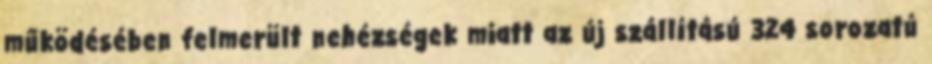
működésében felmerült nehézségek miatt az új szállítású 324 sorozatú